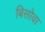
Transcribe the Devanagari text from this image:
बिसोवा